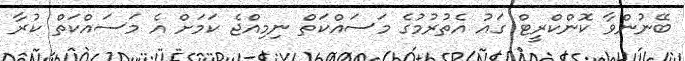
ބޭނުންވާ ކޮންކްރީޓް ގައު އެތުރުމުގެ މަސައްކަތް ނިމިއްޖެ ކަމަށް އެ މަަސައްކަތް ކުރާ